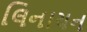
લિનાયન